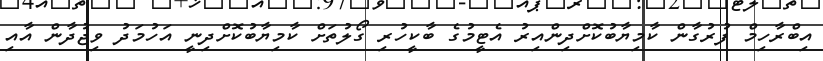
އިބްރާހިމް ފުރުގާން ކާމިޔާބުކޮށްދިންއިރު އެޓީމުގެ ބާކީހުރި ގޯލުތަށް ކާމިޔާބުކޮށްދިނީ އަހުމަދު ވިޖުދާން އާއި